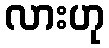
လားဟု